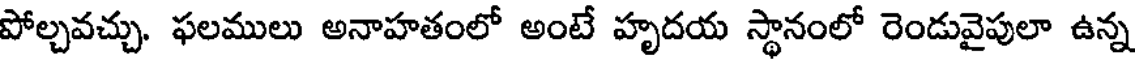
పోల్చవచ్చు. ఫలములు అనాహతంలో అంటే హృదయ స్థానంలో రెండువైపులా ఉన్న